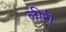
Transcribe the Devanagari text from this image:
लीरी